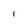
Character: i